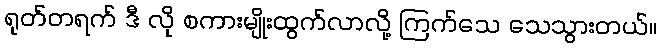
ရုတ်တရက် ဒီ လို စကားမျိုးထွက်လာလို့ ကြက်သေ သေသွားတယ်။